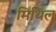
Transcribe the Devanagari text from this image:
मिथिल